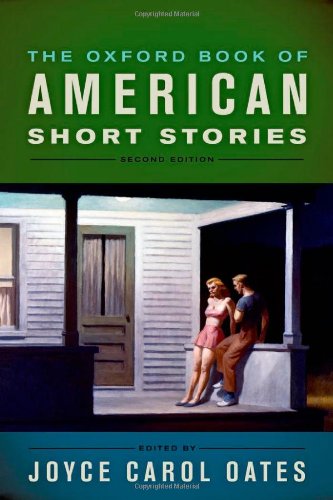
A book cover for The Oxford Book of American Short Stories; Literature & Fiction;